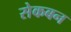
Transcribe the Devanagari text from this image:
सेकबन